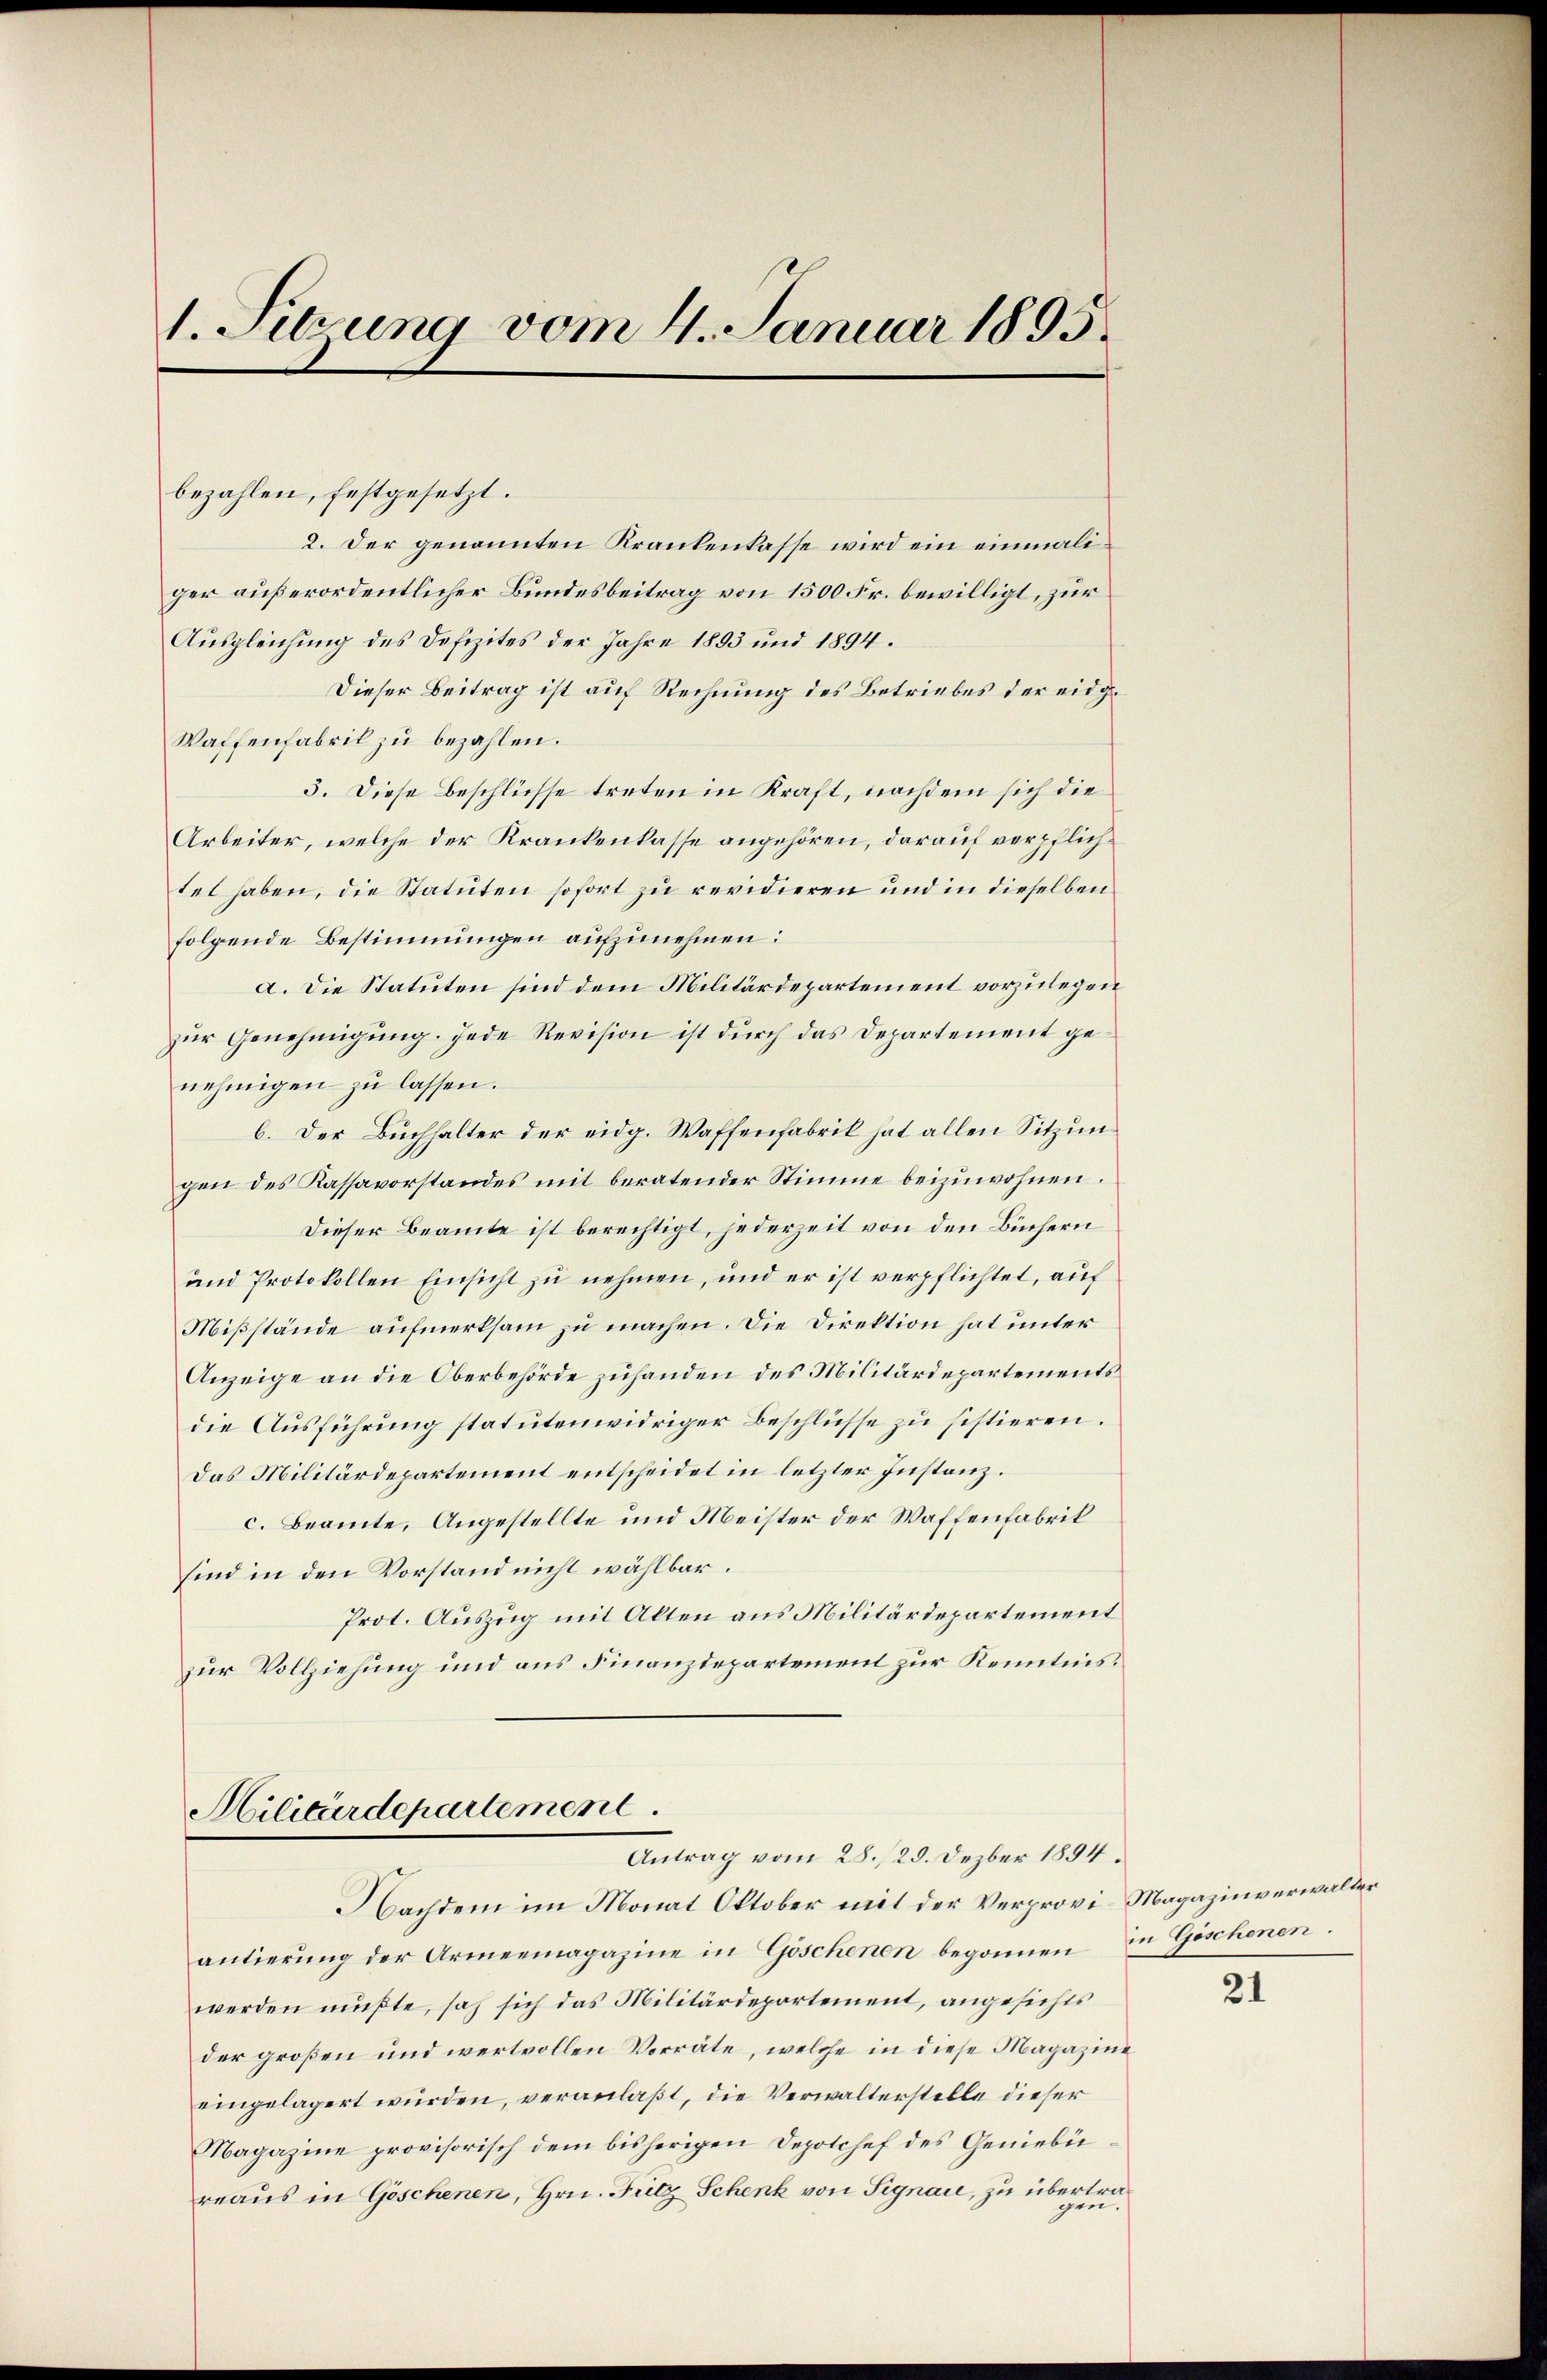
1. Sitzung vom 4. Januar 1895.

bezahlen, festgesetzt.
2. Der genannten Krankenkasse wird ein einmaliger außerordentlicher Bundesbeitrag von 1500 Fr. bewilligt, zur
Ausgleichung des Defizites der Jahre 1893 und 1894.
Dieser Beitrag ist auf Rechnung des Betriebes der eidg¬
Waffenfabrik zu bezahlen.
3. Diese Beschlüsse treten in Kraft, nachdem sich die
Arbeiter, welche der Krankenkasse angehören, darauf verpflichtet haben, die Statuten sofort zu revidieren und in dieselben
folgende Bestimmungen aufzunehmen:
a. Die Statuten sind dem Militärdepartement vorzulegen
zŭr Genehmigŭng. Jede Revision ist durch das Departement genehmigen zu lassen.
b. Der Buchhalter der eidg. Waffenfabrik hat allen Sitzungen des Kassavorstandes mit beratender Stimme beizuwohnen.
Dieser Beamte ist berechtigt, jederzeit von den Büchern
und Protokollen Einsicht zu nehmen, und er ist verpflichtet, auf
Mißstände aufmerksam zu machen. Die Direktion hat unter
Anzeige an die Oberbehörde zuhanden des Militärdepartements
die Ausführung statutenwidriger Beschlüsse zu sistieren.
Das Militärdepartement entscheidet in letzter Instanz.
c. Beamte, Angestellte und Meister der Waffenfabrik
sind in den Vorstand nicht wählbar.
Prot. Auszug mit Alten aus Militärdepartement
zur Vollziehung und aus Finanzdepartement zur Kenntnis.

Militärdepartement
Antrag vom 28./29. Dezber 1894.

NNachdem im Monat Oktober mit der Verprovi-Magazinverwalter
antierŭng der Armeemagazine in Göschenen begonnen in Göschenen.
werden mußte, sah sich das Militärdepartement, angesichts
der großen und wertvollen Vorräte, welche in diese Magazine
eingelagert würden, veranlaßt, die Verwalterstelle dieser
Magazine provisorisch dem bisherigen Depotchef des Geniebüreaus in Göschenen, Hrn. Fütz Schenk von Signare, zu übertra¬

21